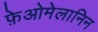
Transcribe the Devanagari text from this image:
फ़ेओमेलानिन